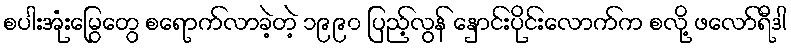
စပါးအုံးမြွေတွေ စရောက်လာခဲ့တဲ့ ၁၉၉၀ ပြည့်လွန် နှောင်းပိုင်းလောက်က စလို့ ဖလော်ရီဒါ